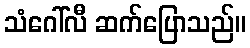
သံဂေါ်လီ ဆက်ပြောသည်။